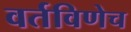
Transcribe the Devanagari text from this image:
वर्तविणेच